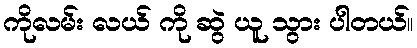
ကိုလမ်း လယ် ကို ဆွဲ ယူ သွား ပါတယ်။